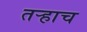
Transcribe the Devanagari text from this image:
तर्‍हाच